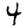
Digit: 4